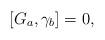
LaTeX: \begin{align*}\left[ G_a,\gamma _b\right] =0,\end{align*}